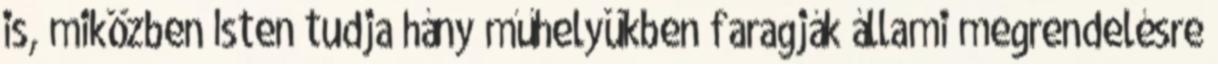
is, miközben Isten tudja hány műhelyükben faragják állami megrendelésre